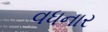
વધનાર